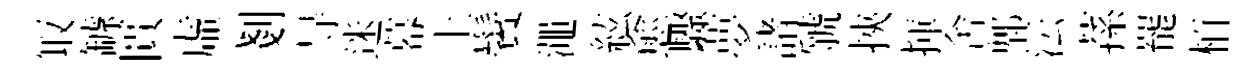
冣罅匱虛剗㝵迷幕上鬢澠絃愈驟夢諸虢挾揮舍郫沄蓀罷栢